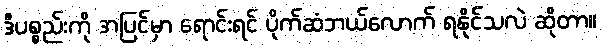
ဒီပစ္စည်းကို အပြင်မှာ ရောင်းရင် ပိုက်ဆံဘယ်လောက် ရနိုင်သလဲ ဆိုတာ။